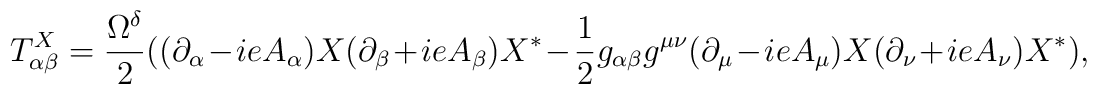
T^X_{\alpha \beta}=  \frac{\Omega^{\delta}}{2} (  (\partial_{\alpha} - ie A_{\alpha} ) X       (\partial_{\beta} + ie A_{\beta} ) X^* - \frac{1}{2} g_{\alpha \beta} g^{\mu \nu}( \partial_{\mu} - ieA_{\mu} ) X (\partial_{\nu} + ieA_{\nu} ) X^*),